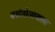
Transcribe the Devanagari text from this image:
वसंतोत्सवाला